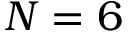
N = 6